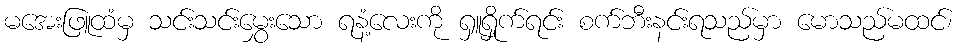
မအေးဖြူထံမှ သင်းသင်းမွှေးသော ရနံ့လေးကို ရှူရှိုက်ရင်း စက်ဘီးနင်းရသည်မှာ မောသည်မထင်၊